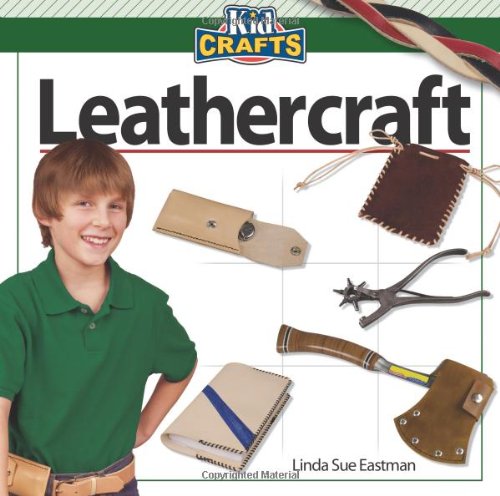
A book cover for Leathercraft (Kidcrafts); Linda Sue Eastman; Crafts, Hobbies & Home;